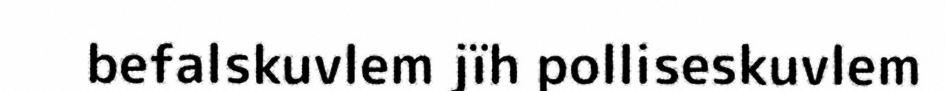
befalskuvlem jïh polliseskuvlem